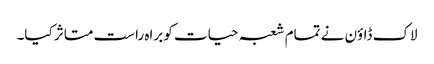
لاک ڈاؤن نے تمام شعبہ حیات کو براہ راست متاثر کیا۔